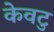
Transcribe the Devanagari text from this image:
केवटु